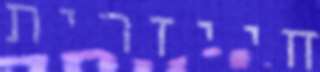
חייזרית